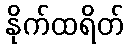
နိုက်ထရိတ်